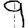
Digit: 9